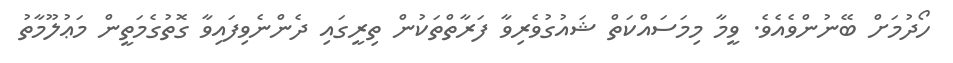
ހޯދުމަށް ބޭނުންވެއެވެ. ވީމާ މިމަސައްކަތް ޝައުގުވެރިވާ ފަރާތްތަކުން ތިރީގައި ދެންނެވިފައިވާ ގޮތުގެމަތީން މަޢުލޫމާތު